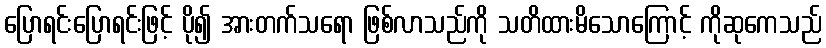
ပြောရင်းပြောရင်းဖြင့် ပို၍ အားတက်သရော ဖြစ်လာသည်ကို သတိထားမိသောကြောင့် ကိုဆုကေသည်